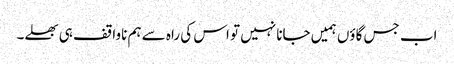
اب جس گاؤں ہمیں جانا نہیں تو اس کی راہ سے ہم ناواقف ہی بھلے۔